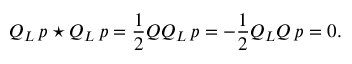
Q _ { L } \, p \star Q _ { L } \, p = \frac { 1 } { 2 } Q Q _ { L } \, p = - \frac { 1 } { 2 } Q _ { L } Q \, p = 0 .